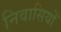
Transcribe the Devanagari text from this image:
निवासियोँ